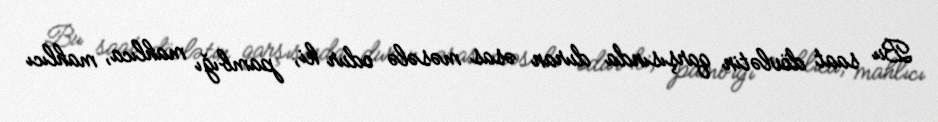
Bu saat dövlətin qarşısında duran əsas məsələ odur ki, pambığı mahlıca, mahlıcı